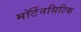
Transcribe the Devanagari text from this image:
मॉर्टेनसिटिक